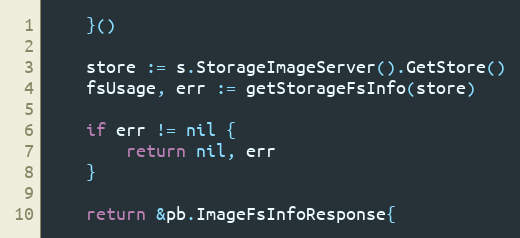
Language: Go
	}()

	store := s.StorageImageServer().GetStore()
	fsUsage, err := getStorageFsInfo(store)

	if err != nil {
		return nil, err
	}

	return &pb.ImageFsInfoResponse{